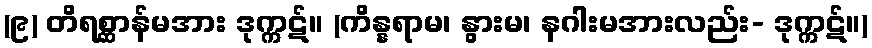
(၉) တိရစ္ဆာန်မအား ဒုက္ကဋ်။ (ကိန္နရာမ၊ နွားမ၊ နဂါးမအားလည်း- ဒုက္ကဋ်။)